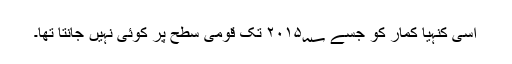
اسی کنہیا کمار کو جسے ۲۰۱۵؁ تک قومی سطح پر کوئی نہیں جانتا تھا۔